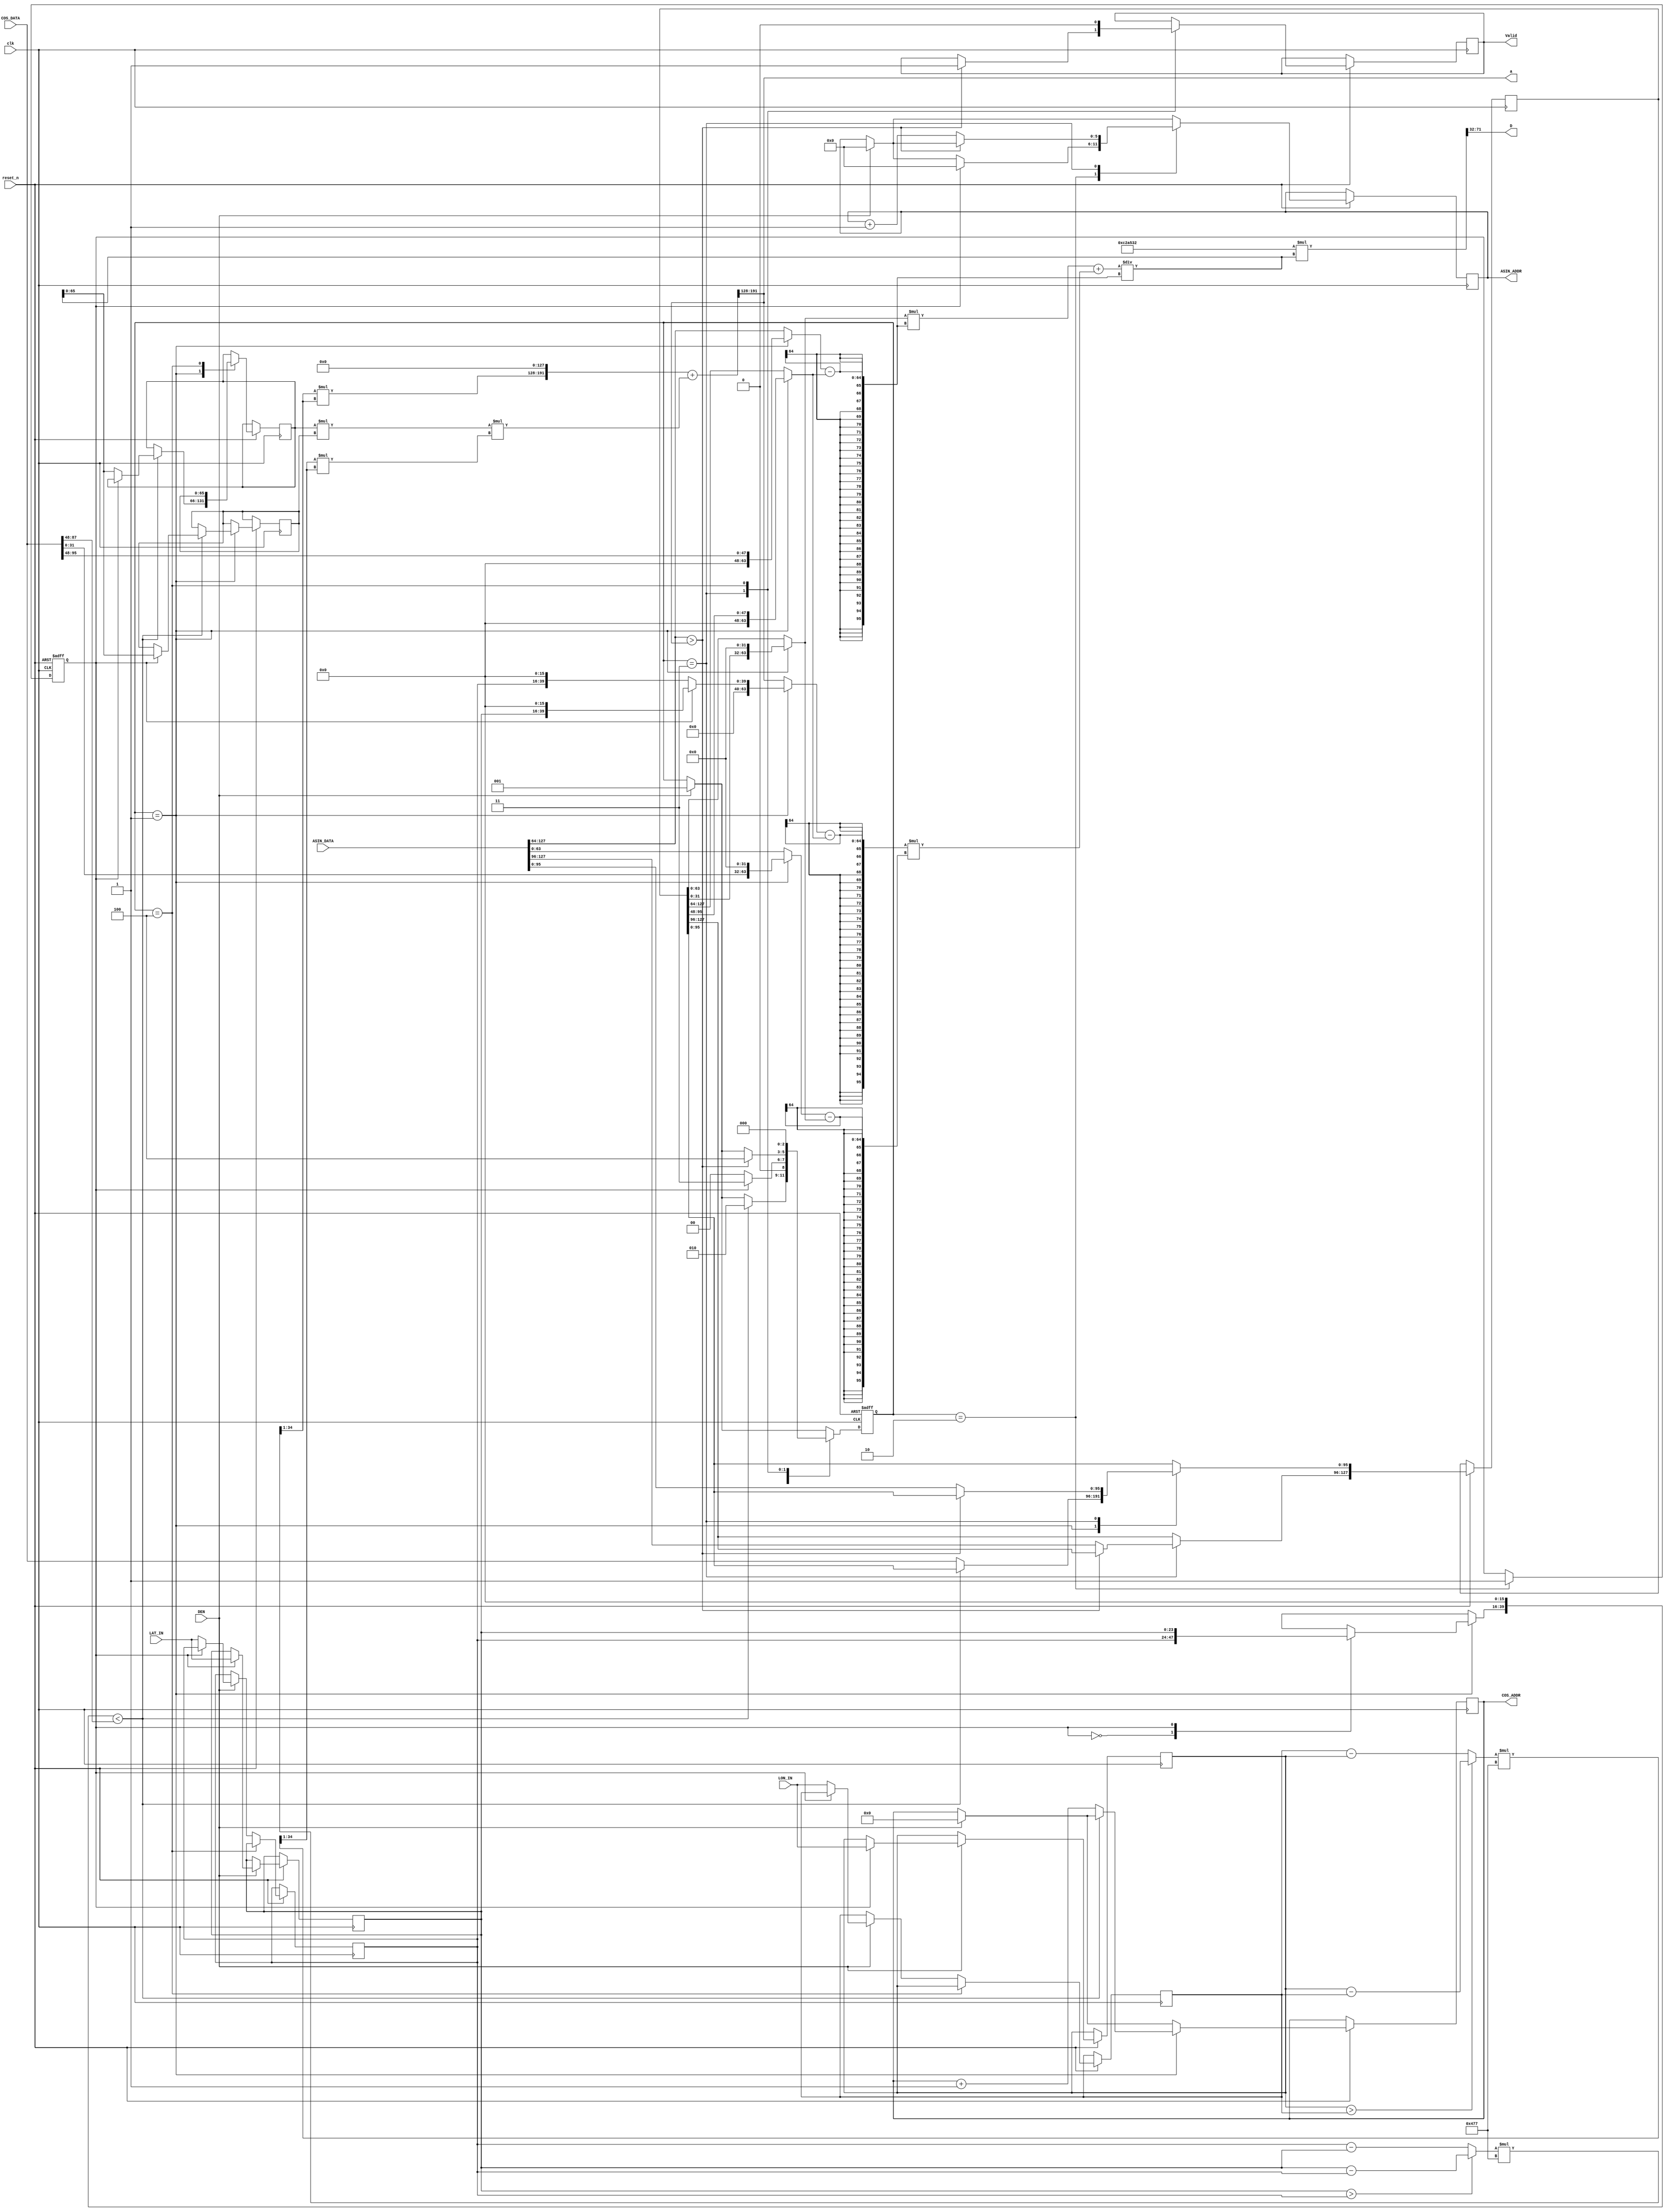
`timescale 1ns/10ps
module GPSDC(clk, reset_n, DEN, LON_IN, LAT_IN, COS_ADDR, COS_DATA, ASIN_ADDR, ASIN_DATA, Valid, a, D);
input              clk;
input              reset_n;
input              DEN;
input      [23:0]  LON_IN;//
input      [23:0]  LAT_IN;//  (,)
input      [95:0]  COS_DATA;
output reg [6:0]   COS_ADDR;
input      [127:0] ASIN_DATA;
output reg [5:0]   ASIN_ADDR;
output reg Valid;
output     [39:0]  D;
output     [63:0]  a;

reg [2:0] step;
reg [23:0] LON_buffer[0:1];
reg [23:0] LAT_buffer[0:1];
reg [127:0] temp;
reg [65:0] LAT_COS[0:1];//32+64
reg first;

wire [23:0] LAT_DIFF, LON_DIFF;
wire [39:0] LAT_SIN, LON_SIN;
wire [79:0] LAT_SIN_2, LON_SIN_2;


assign LAT_DIFF = (LAT_buffer[1] > LAT_buffer[0]) ? LAT_buffer[1] - LAT_buffer[0] : LAT_buffer[0] - LAT_buffer[1];
assign LON_DIFF = (LON_buffer[1] > LON_buffer[0]) ? LON_buffer[1] - LON_buffer[0] : LON_buffer[0] - LON_buffer[1];	// 8-16
assign LAT_SIN = (LAT_DIFF * 16'h477) >> 1;
assign LON_SIN = (LON_DIFF * 16'h477) >> 1;	// 8-32
assign LAT_SIN_2 = LAT_SIN*LAT_SIN;
assign LON_SIN_2 = LON_SIN*LON_SIN;		// 16-64		




reg [63:0] x, x0, x1, y0, y1;
wire [95:0] y;//32+64

assign y = ((y0*(x1-x0))+((x-x0)*(y1-y0)))/(x1-x0);
assign a = ({LAT_SIN_2, 128'd0} + LAT_COS[0]*LAT_COS[1]*LON_SIN_2) >> 128;		// 80-192
assign D = (12756274 *y) >> 32;

always@(*)begin
	if(step == 3'd1) begin //lat cos
		x0 = temp[95:48];
		x1 = COS_DATA[95:48];
		y0 = temp[47:0]<<32;
		y1 = COS_DATA[47:0]<<32;
		x = (first)?{LAT_buffer[1], 16'h0000} : {LAT_buffer[0], 16'h0000};
	end
	else begin				// ASIN
		x0 = temp[127:64];
		x1 = ASIN_DATA[127:64];
		y0 = temp[63:0];
		y1 = ASIN_DATA[63:0];
		x = a;
	end
end

always@(posedge clk or negedge reset_n ) begin
	if (!reset_n) begin

		step <= 0;
		first <= 0;
		
	end
	else begin
		if (DEN) begin
			LON_buffer[first] <= LON_IN;
			LAT_buffer[first] <= LAT_IN;
			step <= 3'd1;
			COS_ADDR <= 0;
			ASIN_ADDR <= 0;
		end
		
		case (step)
			3'd1:begin//cos
				if({LAT_buffer[first],16'h0000}<COS_DATA[87:48]) begin
					LAT_COS[first] <= y;
					step <= 3'd2;
				end
				else begin
					temp[95:0] <= COS_DATA;
					COS_ADDR <= COS_ADDR + 7'd1;
				end
			end
			3'd2:begin //reset
				if(first==0) begin
					step <= 0;
					first <= 1'b1;
				end
				else begin
					step <= 3'd3;
					ASIN_ADDR <= 0;
				end	
			end
			3'd3:begin
				if(ASIN_DATA[127:64] > a) begin
					step <= 3'd4;
					Valid <= 1;
				end
				else begin
					temp <= ASIN_DATA;
					ASIN_ADDR <= ASIN_ADDR+1;
				end
			end
			3'd4:begin
				Valid <= 0;
				LAT_COS[0] <= LAT_COS[1];
				LON_buffer[0] <= LON_buffer[1];
				LAT_buffer[0] <= LAT_buffer[1];
				step <= 0;
			end
		endcase
	end
end

endmodule